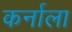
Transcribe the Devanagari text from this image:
कर्नाला